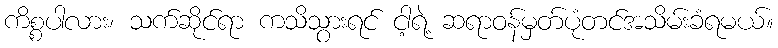
ကိစ္စပါလား၊ သက်ဆိုင်ရာ ကသိသွားရင် ငါ့ရဲ့ ဆရာဝန်မှတ်ပုံတင်အသိမ်းခံရမယ်။